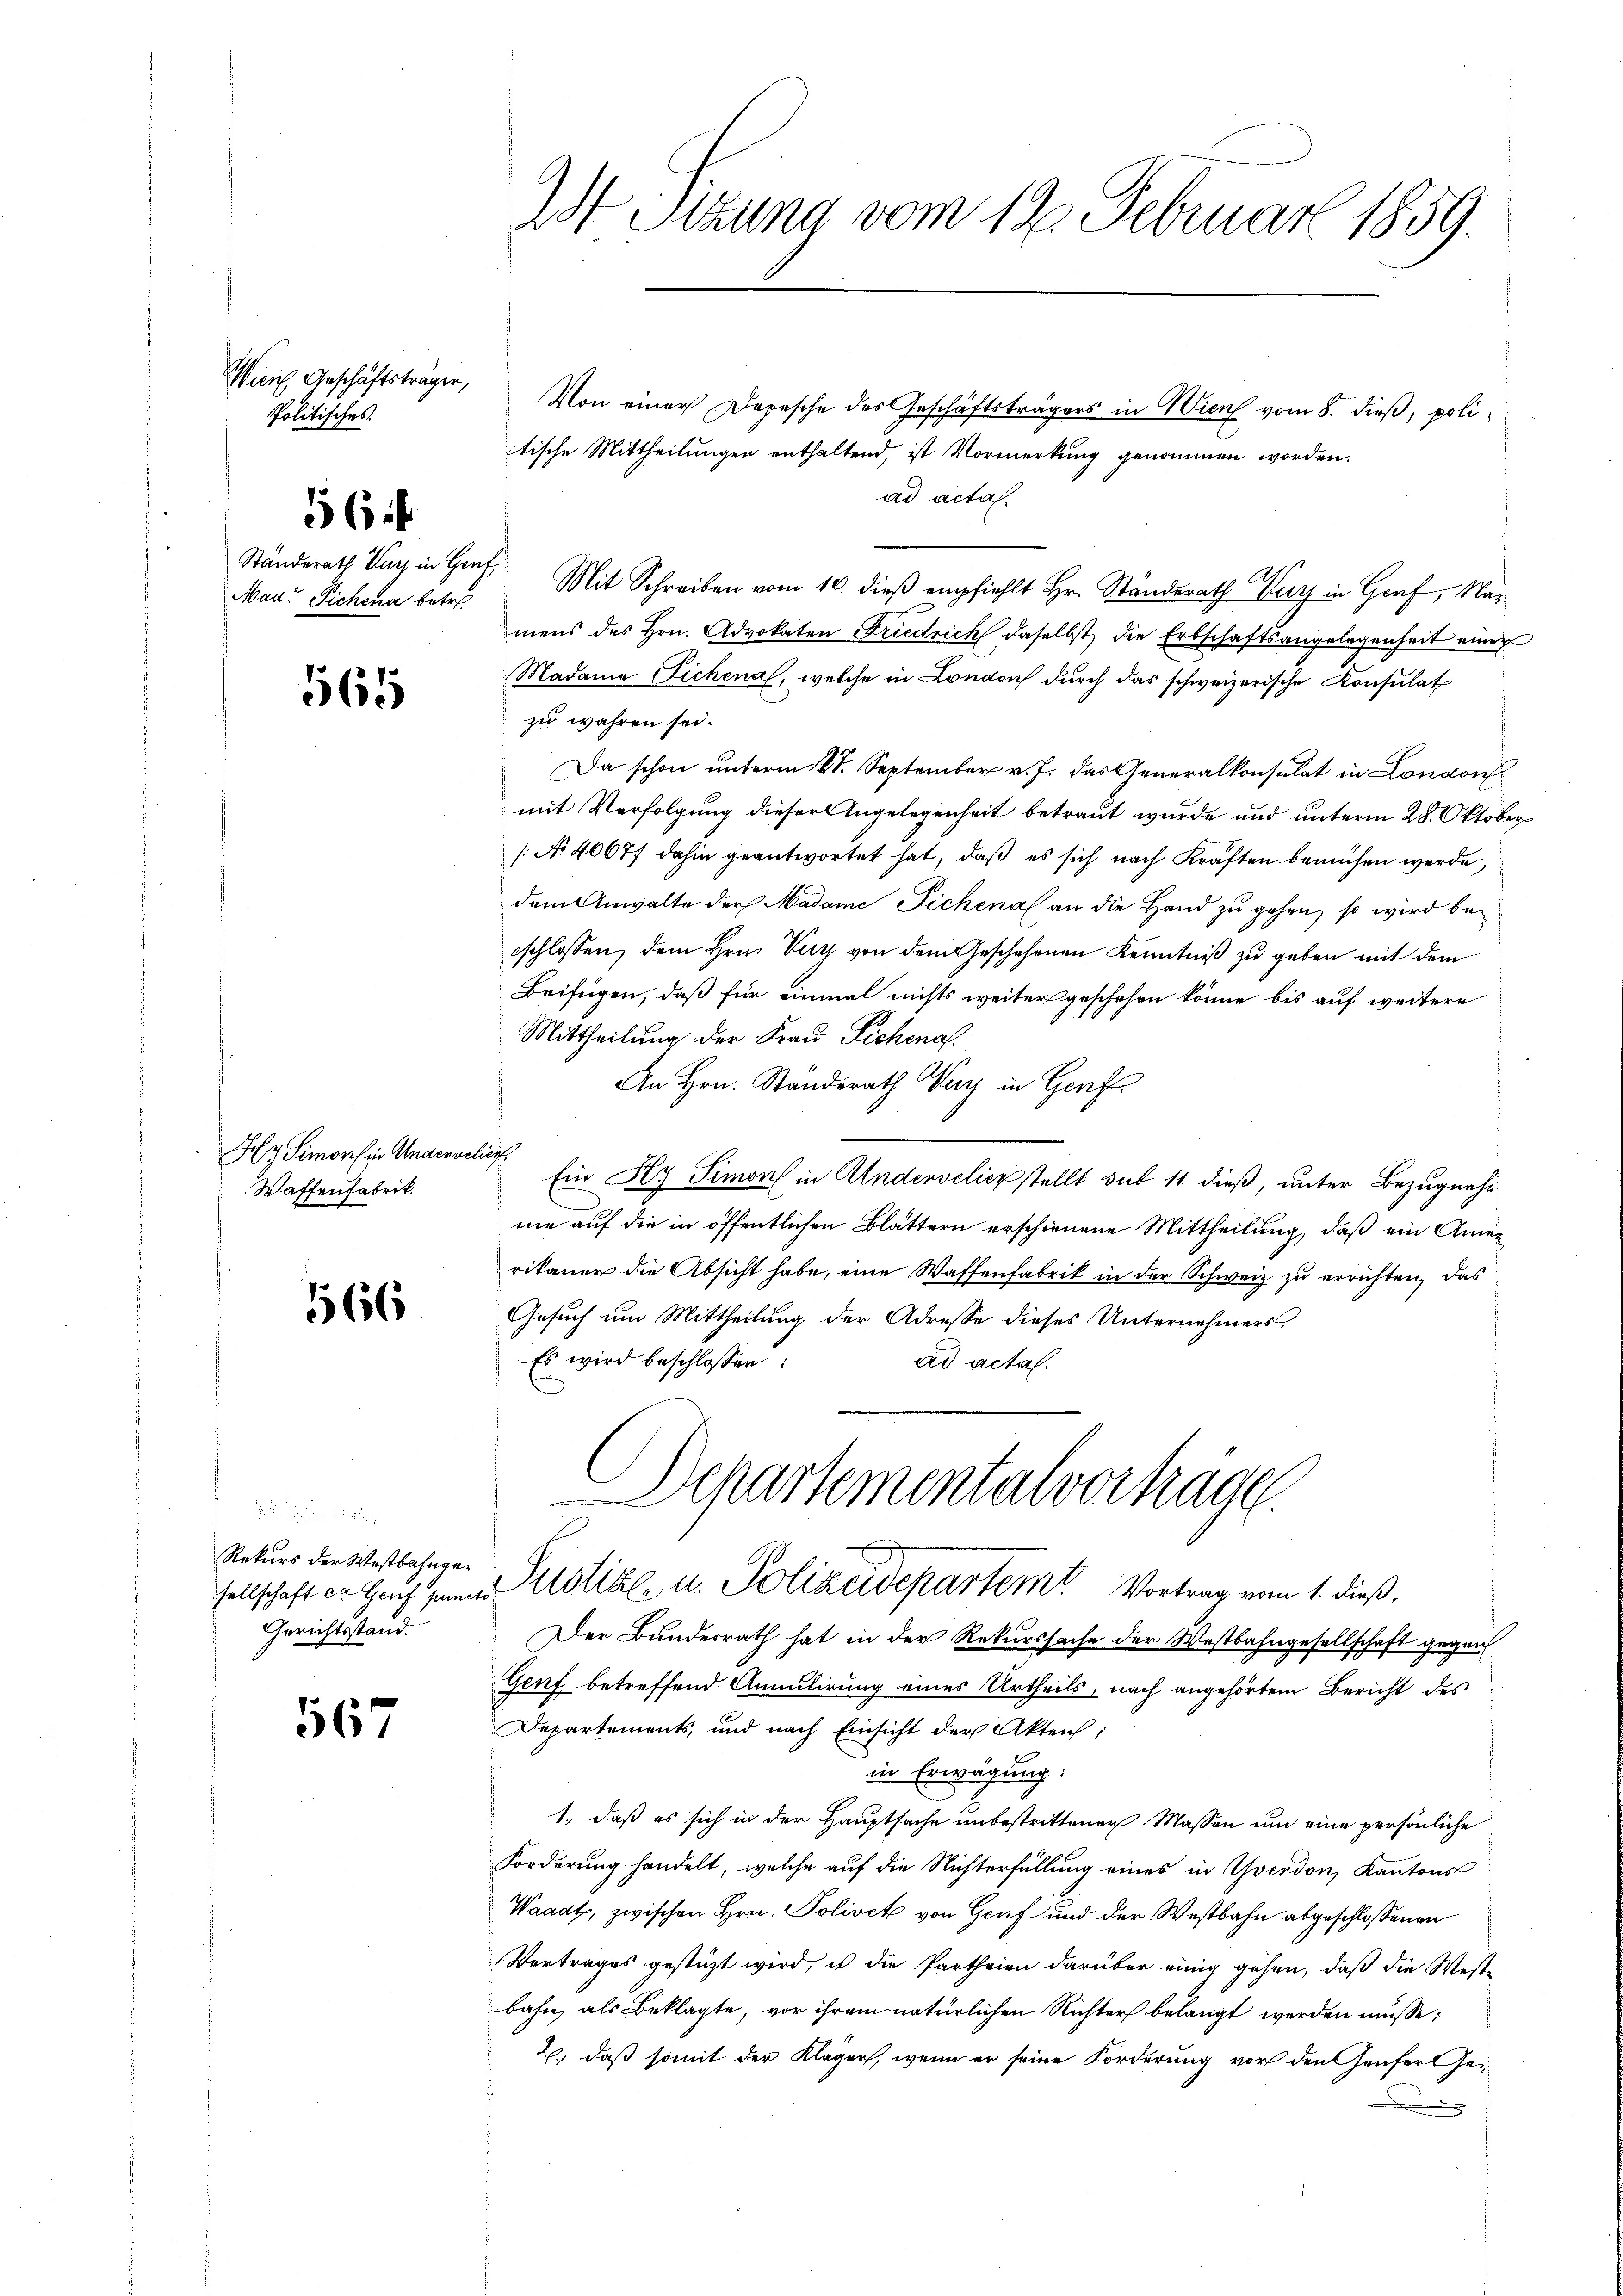
Wicis Geschäftsträger,
Politisches.

56

Mad. Sichena betre

565

Hy. Simorhin Undersel
Waffenfabrik.

5566

. n 19
Rekurs der Westbahnge¬
Gerichtsstand.

567

2 Sizung vom 12. Februar 1859.

Von einer Depesche des Geschäftsträgers in Wien vom 8. dieß, politische Mittheilungen enthaltend, ist Vormerkung genommen worden.
ad acta.
Ständerath Sur in Genf Mit Schreiben vom 10. dieß empfiehlt Hr. Ständerath V in Graf, Namens des Hrn. Advokaten Friedrich daselbst die Erbschaftsangelegenheit eine
Madame Sichena, welche in London dŭrch das schweizerische Konsulat
zu wahren sei.
Da schon unterm 4t. September v. J. das Generalkonsulat in London
mit Verfolgung dieser Angelegenheit betraut wurde und unterm 28. Oktober
[No 40677 dahin geantwortet hat, daß es sich nach Kraften bemühen werde,
dem Anwalte der Madame Sichenal an die Hand zu gehen, so wird bei
eschlossen, dem Hrn. Kurz von dem Geschehenen Kenntniß zu geben mit dem
Beifügen, daß für einmal nichts weiter geschehen könne bis auf weitere
Mittheilung der Frau Pichenal.
An Hrn. Standerath Nur in Genf.
öch
Ein Ky Simon in Andervelicz stellt sub 11 dieß, unter Bezugnahm
me auf die in öffentlichen Blättern erschienene Mittheilung, daß ein Amerikaner die Absicht habe, eine Waffenfabrik in der Schweiz zu errichten, das
Gesuch um Mittheilung der Adresse dieses Unternehmers,
Es wird beschlossen:
ad actal.
Departementalvortrage
sellschaft in Haus zum Austiz- u. Polizeidepartem Vortrag vom 1. dieß.
Der Bundesrath hat in der Rekurssache der Westbahngesellschaft gegen
Genf betreffend Annulirung eines Urtheils, nach angehörtem Bericht des
Departements, und nach Einsicht der Akteich,
in Erwägung:
1., daß es sich in der Hauptsache unbestrittener Massen um eine persönliche
Forderung handelt, welche auf die Nichterfüllung eines in Yverdon, Kantons
Waadt, zwischen Hrn. Polivet von Genf und der Westbahn abgeschlossenen
Vertrages gestüzt wird, in die Partheien darüber einig gehen, daß die Weste
bahn, als Beklagte, vor ihrem natürlichen Richter belangt werden müsse;
2., daß somit der Kläger, wenn er seine Forderung vor den Haufer Gex